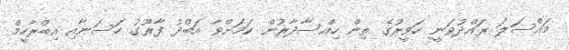
މައްސަލަ ރައްދުވަނީ ހަވީރުގެ ތިން ހިއްސާދާރުން ކަމަށްވާ އަބްދު ފާރޫގު ހަސަނާއި އިބްރާހީމް